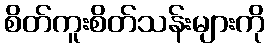
စိတ်ကူးစိတ်သန်းများကို